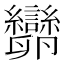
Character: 𠨫